Vaccination in Bombay 1913-1923 - 1913-1923
Year: 1913
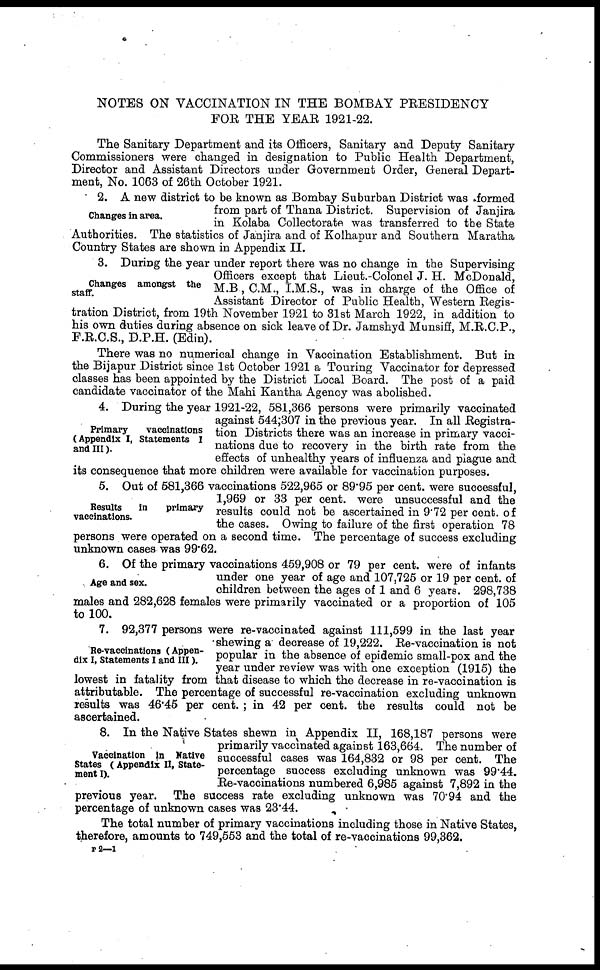
NOTES ON VACCINATION IN THE BOMBAY PRESIDENCY
FOR THE YEAR 1921-22.
The Sanitary Department and its Officers, Sanitary and Deputy Sanitary
Commissioners were changed in designation to Public Health Department,
Director and Assistant Directors under Government Order, General Depart-
ment, No. 1063 of 26th October 1921.
Changes in area.
2. A new district to be known as Bombay Suburban District was formed
from part of Thana District. Supervision of Janjira
in Kolaba Collectorate was transferred to the State
Authorities. The statistics of Janjira and of Kolhapur and Southern Maratha
Country States are shown in Appendix II.
Changes amongst the
staff.
3. During the year under report there was no change in the Supervising
Officers except that Lieut.-Colonel J. H. McDonald,
M.B , C.M., I.M.S., was in charge of the Office of
Assistant Director of Public Health, Western Regis-
tration District, from 19th November 1921 to 31st March 1922, in addition to
his own duties during absence on sick leave of Dr. Jamshyd Munsiff, M.R.C.P.,
F.R.C.S., D.P.H. (Edin).
There was no numerical change in Vaccination Establishment. But in
the Bijapur District since 1st October 1921 a Touring Vaccinator for depressed
classes has been appointed by the District Local Board. The post of a paid
candidate vaccinator of the Mahi Kantha Agency was abolished.
Primary
vaccinations
(Appendix I, Statements I
and III).
4. During the year 1921-22, 581,366 persons were primarily vaccinated
against 544;307 in the previous year. In all Registra-
tion Districts there was an increase in primary vacci-
nations due to recovery in the birth rate from the
effects of unhealthy years of influenza and plague and
its consequence that more children were available for vaccination purposes.
Results in
primary
vaccinations.
5. Out of 581,366 vaccinations 522,965 or 89.95 per cent. were successful,
1,969 or 33 per cent. were unsuccessful and the
results could not be ascertained in 9.72 per cent. of
the cases. Owing to failure of the first operation 78
persons were operated on a second time. The percentage of success excluding
unknown cases was 99.62.
Age and sex.
6. Of the primary vaccinations 459,908 or 79 per cent. were of infants
under one year of age and 107,725 or 19 per cent. of
children between the ages of 1 and 6 years. 298,738
males and 282,628 females were primarily vaccinated or a proportion of 105
to 100.
Re-vaccinations ( Appen-
dix I, Statements I and III).
7. 92,377 persons were re-vaccinated against 111,599 in the last year
shewing a decrease of 19,222. Re-vaccination is not
popular in the absence of epidemic small-pox and the
year under review was with one exception (1915) the
lowest in fatality from that disease to which the decrease in re-vaccination is
attributable. The percentage of successful re-vaccination excluding unknown
results was 46.45 per cent. ; in 42 per cent. the results could not be
ascertained.
Vaccination in Native
States ( Appendix II, State-
ment I).
8. In the Native States shewn in Appendix II, 168,187 persons were
primarily vaccinated against 163,664. The number of
successful cases was 164,832 or 98 per cent. The
percentage success excluding unknown was 99.44.
Re-vaccinations numbered 6,985 against 7,892 in the
previous year. The success rate excluding unknown was 70.94 and the
percentage of unknown cases was 23.44.
The total number of primary vaccinations including those in Native States,
therefore, amounts to 749,553 and the total of re-vaccinations 99,362.
P 2—1